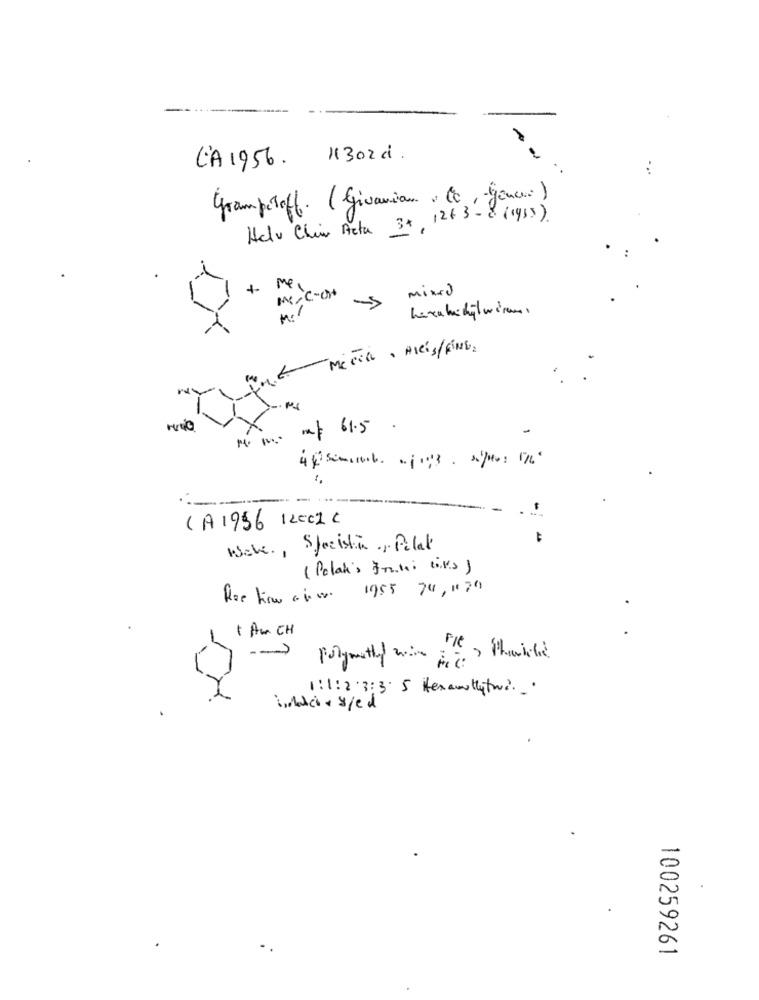
11302d.
CA 1956.
gramperoff. (Givanian . (c, genere)
Helv Chi Acta 34, 126 3- 8 (1935)
mex
mixed
IN - C -OH
- Mitil · Alis/FINE.
mas 61.5
CA 1956 12ee2C
Wake, Specistino, Pelat
(Polak's Fini tivs)
1955 74,170
1 Am CH
-- )
polymethy win pici?
1:1:2 3:3 5 Herallyto ....
100259261